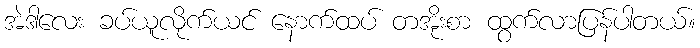
အဲဒါလေး ခပ်ယူလိုက်ယင် နောက်ထပ် တအိုးစာ ထွက်လာပြန်ပါတယ်။